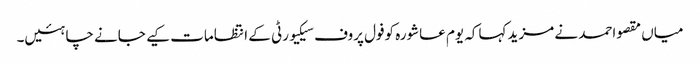
میاں مقصواحمد نے مزید کہاکہ یوم عاشورہ کوفول پروف سیکیورٹی کے انتظامات کیے جانے چاہئیں۔